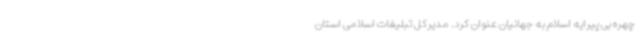
چهره بی پیرایه اسلام به جهانیان عنوان کرد. مدیرکل تبلیغات اسلامی استان